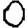
Digit: 0